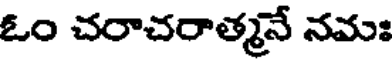
ఓం చరాచరాత్మనే నమః